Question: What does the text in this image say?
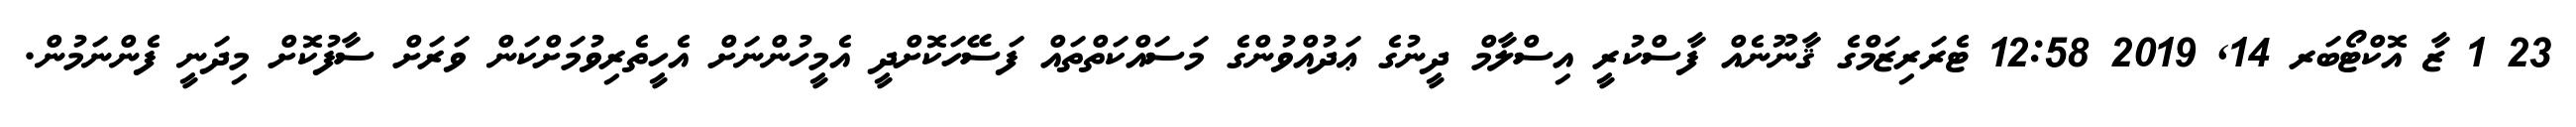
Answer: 23 1 ޒާ އޮކްޓޯބަރ 14, 2019 12:58 ޓެރަރިޒަމްގެ ޤާނޫނެއް ފާސްކުރީ އިސްލާމް ދީނުގެ ޢަދުއްވުންގެ މަސައްކަތްތައް ފަސޭހަކޮށްދީ އެމީހުންނަށް އެހީތެރިވުމަށްކަން ވަރަށް ސާފުކޮށް މިދަނީ ފެންނަމުން.